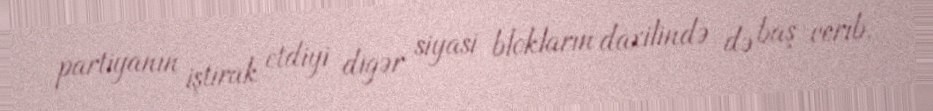
partiyanın iştirak etdiyi digər siyasi blokların daxilində də baş verib.